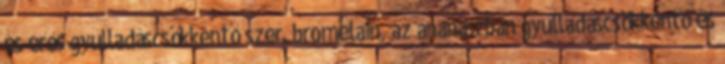
és erős gyulladáscsökkentő szer. bromelain, az ananászban gyulladáscsökkentő és